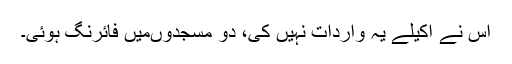
اس نے اکیلے یہ واردات نہیں کی، دو مسجدوںمیں فائرنگ ہوئی۔